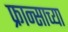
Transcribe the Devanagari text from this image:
फ्रान्साच्या